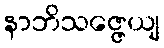
နာဘိသဇ္ဇေယျ